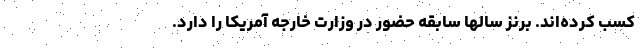
کسب کرده‌اند. برنز سالها سابقه حضور در وزارت خارجه آمریکا را دارد.